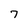
Character: 7